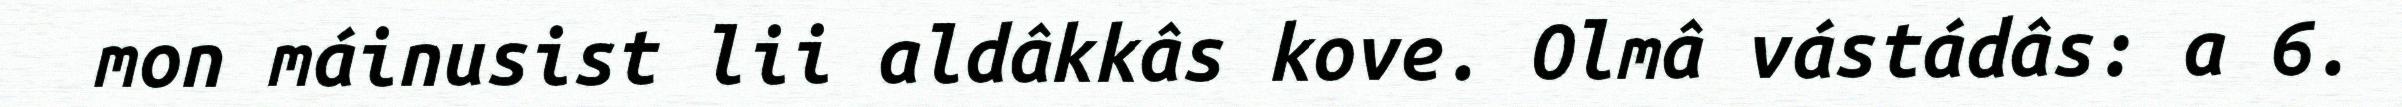
mon máinusist lii aldâkkâs kove. Olmâ vástádâs: a 6.